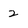
Character: 2